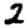
Digit: 2